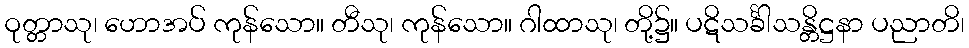
ဝုတ္တာသု၊ ဟောအပ် ကုန်သော။ တီသု၊ ကုန်သော။ ဂါထာသု၊ တို့၌။ ပဋိသင်္ခါသန္တိဋ္ဌနာ ပညာတိ၊